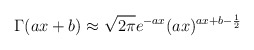
\begin{align*}\Gamma(ax+b)\approx \sqrt{2\pi}e^{-ax}(ax)^{ax+b-\frac{1}{2}}\end{align*}